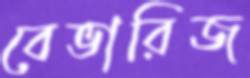
বেভারিজ